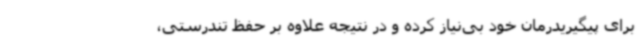
برای پیگیریدرمان خود بی‌نیاز کرده و در نتیجه علاوه بر حفظ تندرستی،